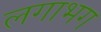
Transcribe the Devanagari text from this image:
लगाभग